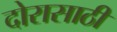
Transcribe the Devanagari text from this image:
दोरासाठी